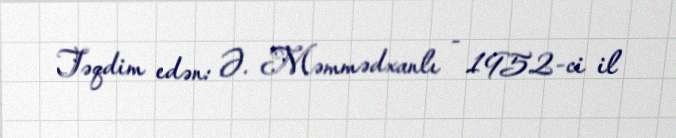
Təqdim edən: Ə. Məmmədxanlı - 1952-ci il